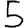
Digit: 5